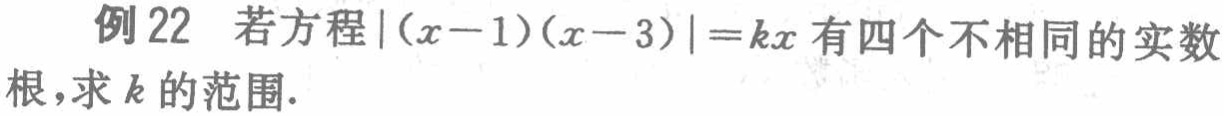
例22 若方程\(\vert(x - 1)(x - 3)\vert=kx\)有四个不相同的实数根，求\(k\)的范围.